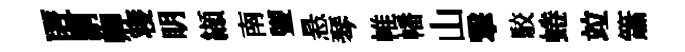
匿剬卿寝眀纈南盥悬琴帷幡山撃駮蜷竝簫